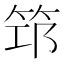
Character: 筇